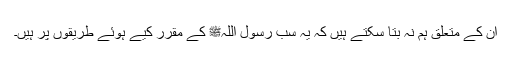
ان کے متعلق ہم نہ بتا سکتے ہیں کہ یہ سب رسول اللہﷺ کے مقرر کیے ہوئے طریقوں پر ہیں۔